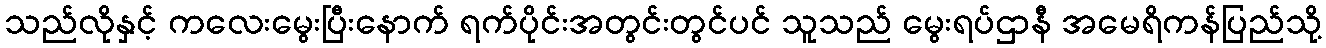
သည်လိုနှင့် ကလေးမွေးပြီးနောက် ရက်ပိုင်းအတွင်းတွင်ပင် သူသည် မွေးရပ်ဌာနီ အမေရိကန်ပြည်သို့